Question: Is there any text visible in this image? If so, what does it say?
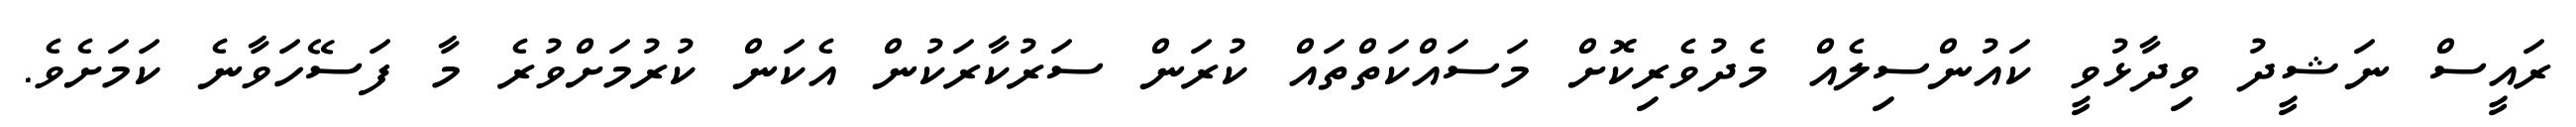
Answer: ރައީސް ނަޝީދު ވިދާޅުވީ ކައުންސިލެއް މެދުވެރިކޮށް މަސައްކަތްތައް ކުރަން ސަރުކާރަކުން އެކަން ކުރުމަށްވުރެ މާ ފަސޭހަވާނެ ކަމަށެވެ.